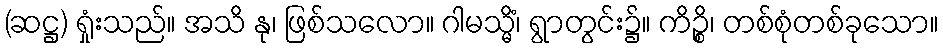
(ဆဋ္ဌ) ရှုံးသည်။ အသိ နု၊ ဖြစ်သလော။ ဂါမသ္မိံ၊ ရွာတွင်း၌။ ကိဉ္စိ၊ တစ်စုံတစ်ခုသော။